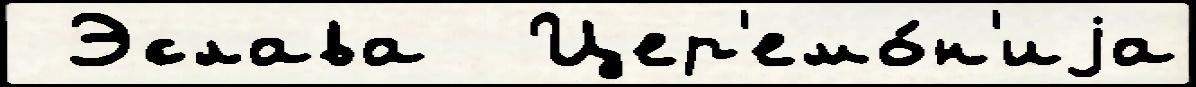
 Эслава  Цер'емо́н'иjа